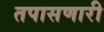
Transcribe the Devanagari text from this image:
तपासणारी